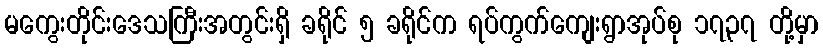
မကွေးတိုင်းဒေသကြီးအတွင်းရှိ ခရိုင် ၅ ခရိုင်က ရပ်ကွက်ကျေးရွာအုပ်စု ၁၇၃၇ တို့မှာ